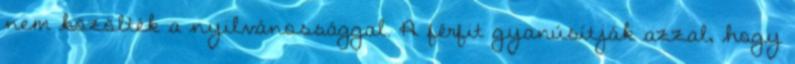
nem közölték a nyilvánossággal. A férfit gyanúsítják azzal, hogy